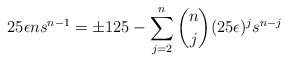
LaTeX: \begin{align*} 25\epsilon ns^{n-1} = \pm 125 - \sum_{j=2}^{n} \binom{n}{j}(25\epsilon)^js^{n-j}\end{align*}